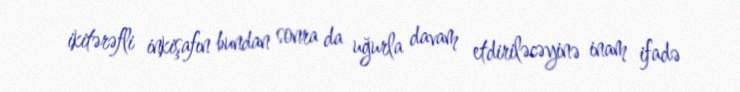
ikitərəfli inkişafın bundan sonra da uğurla davam etdiriləcəyinə inam ifadə